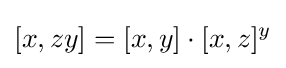
[x,zy]=[x,y]\cdot [x,z]^{y}